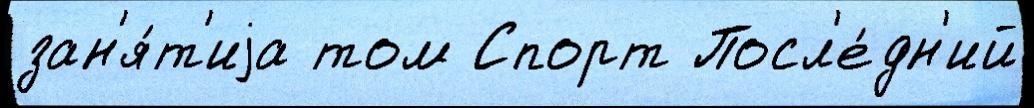
зан'я́т'иjа том Спорт Посл'е́дн'ий